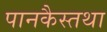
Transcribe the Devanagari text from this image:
पानकैस्तथा